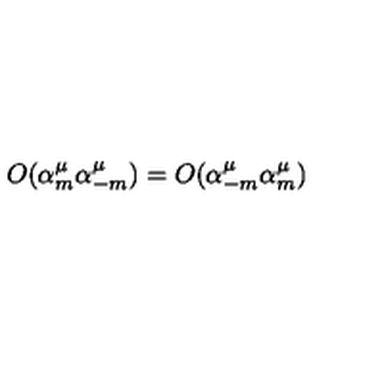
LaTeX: O ( \alpha _ { m } ^ { \mu } \alpha _ { - m } ^ { \mu } ) = O ( \alpha _ { - m } ^ { \mu } \alpha _ { m } ^ { \mu } )